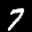
Label: 7